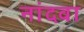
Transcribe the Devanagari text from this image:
नांदवा